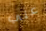
علي